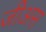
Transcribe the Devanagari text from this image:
जीअस